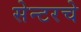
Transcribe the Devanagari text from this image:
सेन्टरचे